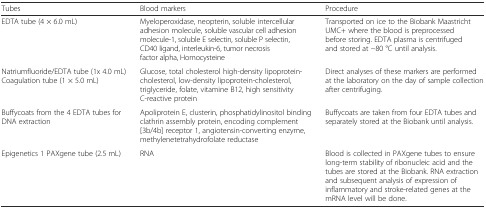
<table><thead><tr><td><b>Tubes</b></td><td><b>Blood markers</b></td><td><b>Procedure</b></td></tr></thead><tbody><tr><td>EDTA tube (4 × 6.0 mL)</td><td>Myeloperoxidase, neopterin, soluble intercellular adhesion molecule, soluble vascular cell adhesion molecule-1, soluble E selectin, soluble P selectin, CD40 ligand, interleukin-6, tumor necrosis factor alpha, Homocysteine</td><td>Transported on ice to the Biobank Maastricht UMC+ where the blood is preprocessed before storing. EDTA plasma is centrifuged and stored at −80 °C until analysis.</td></tr><tr><td>Natriumfluoride/EDTA tube (1x 4.0 mL) Coagulation tube (1 × 5.0 mL)</td><td>Glucose, total cholesterol high-density lipoprotein-cholesterol, low-density lipoprotein-cholesterol, triglyceride, folate, vitamine B12, high sensitivity C-reactive protein</td><td>Direct analyses of these markers are performed at the laboratory on the day of sample collection after centrifuging.</td></tr><tr><td>Buffycoats from the 4 EDTA tubes for DNA extraction</td><td>Apoliprotein E, clusterin, phosphatidylinositol binding clathrin assembly protein, encoding complement [3b/4b] receptor 1, angiotensin-converting enzyme,methylenetetrahydrofolate reductase</td><td>Buffycoats are taken from four EDTA tubes and separately stored at the Biobank until analysis.</td></tr><tr><td>Epigenetics 1 PAXgene tube (2.5 mL)</td><td>RNA</td><td>Blood is collected in PAXgene tubes to ensure long-term stability of ribonucleic acid and the tubes are stored at the Biobank. RNA extraction and subsequent analysis of expression of inflammatory and stroke-related genes at the mRNA level will be done.</td></tr></tbody></table>